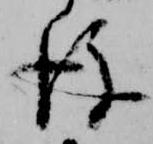
後